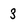
Character: 3